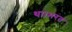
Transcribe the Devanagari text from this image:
था।भरत